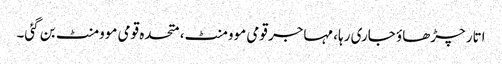
اتار چڑھاؤ جاری رہا، مہاجر قومی موومنٹ، متحدہ قومی موومنٹ بن گئی۔